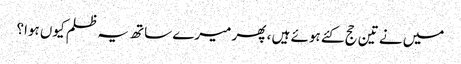
میں نے تین حج کئے ہوئے ہیں ، پھر میرے ساتھ یہ ظلم کیوں ہوا؟